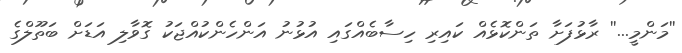
''މަންމީ...'' ރާޅުފަށާ ތަންކޮޅެއް ކައިރި ހިސާބެއްގައި އުޅުނު އަންހެންކުއްޖަކު ގޮވާލި އަޑަށް ބަތޫލްގެ